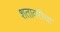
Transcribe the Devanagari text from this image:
शतावरीचा